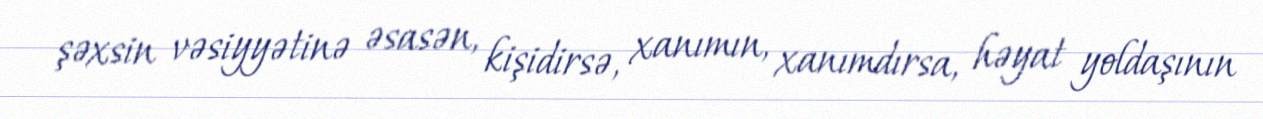
şəxsin vəsiyyətinə əsasən, kişidirsə, xanımın, xanımdırsa, həyat yoldaşının